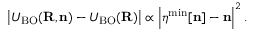
\begin{array} { r } { \left\vert { \cal U } _ { \mathrm { B O } } ( { \bf R , n } ) - U _ { \mathrm { B O } } ( { \bf R } ) \right\vert \propto \left\vert { \boldsymbol \eta } ^ { \mathrm { m i n } } [ { \bf n } ] - { \bf n } \right\vert ^ { 2 } . } \end{array}